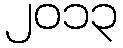
၂၀၁၃